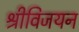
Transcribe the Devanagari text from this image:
श्रीविजयन